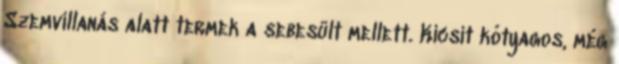
Szemvillanás alatt termek a sebesült mellett. Kicsit kótyagos, még